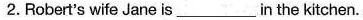
2.Robert's wife Jane is___in the kitchen.